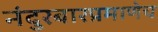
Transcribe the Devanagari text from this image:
नंदुरबारप्रमाणेच